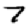
Digit: 7